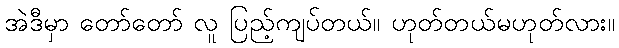
အဲဒီမှာ တော်တော် လူ ပြည့်ကျပ်တယ်။ ဟုတ်တယ်မဟုတ်လား။